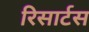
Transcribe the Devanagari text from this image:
रिसार्टस